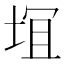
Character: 𱖴